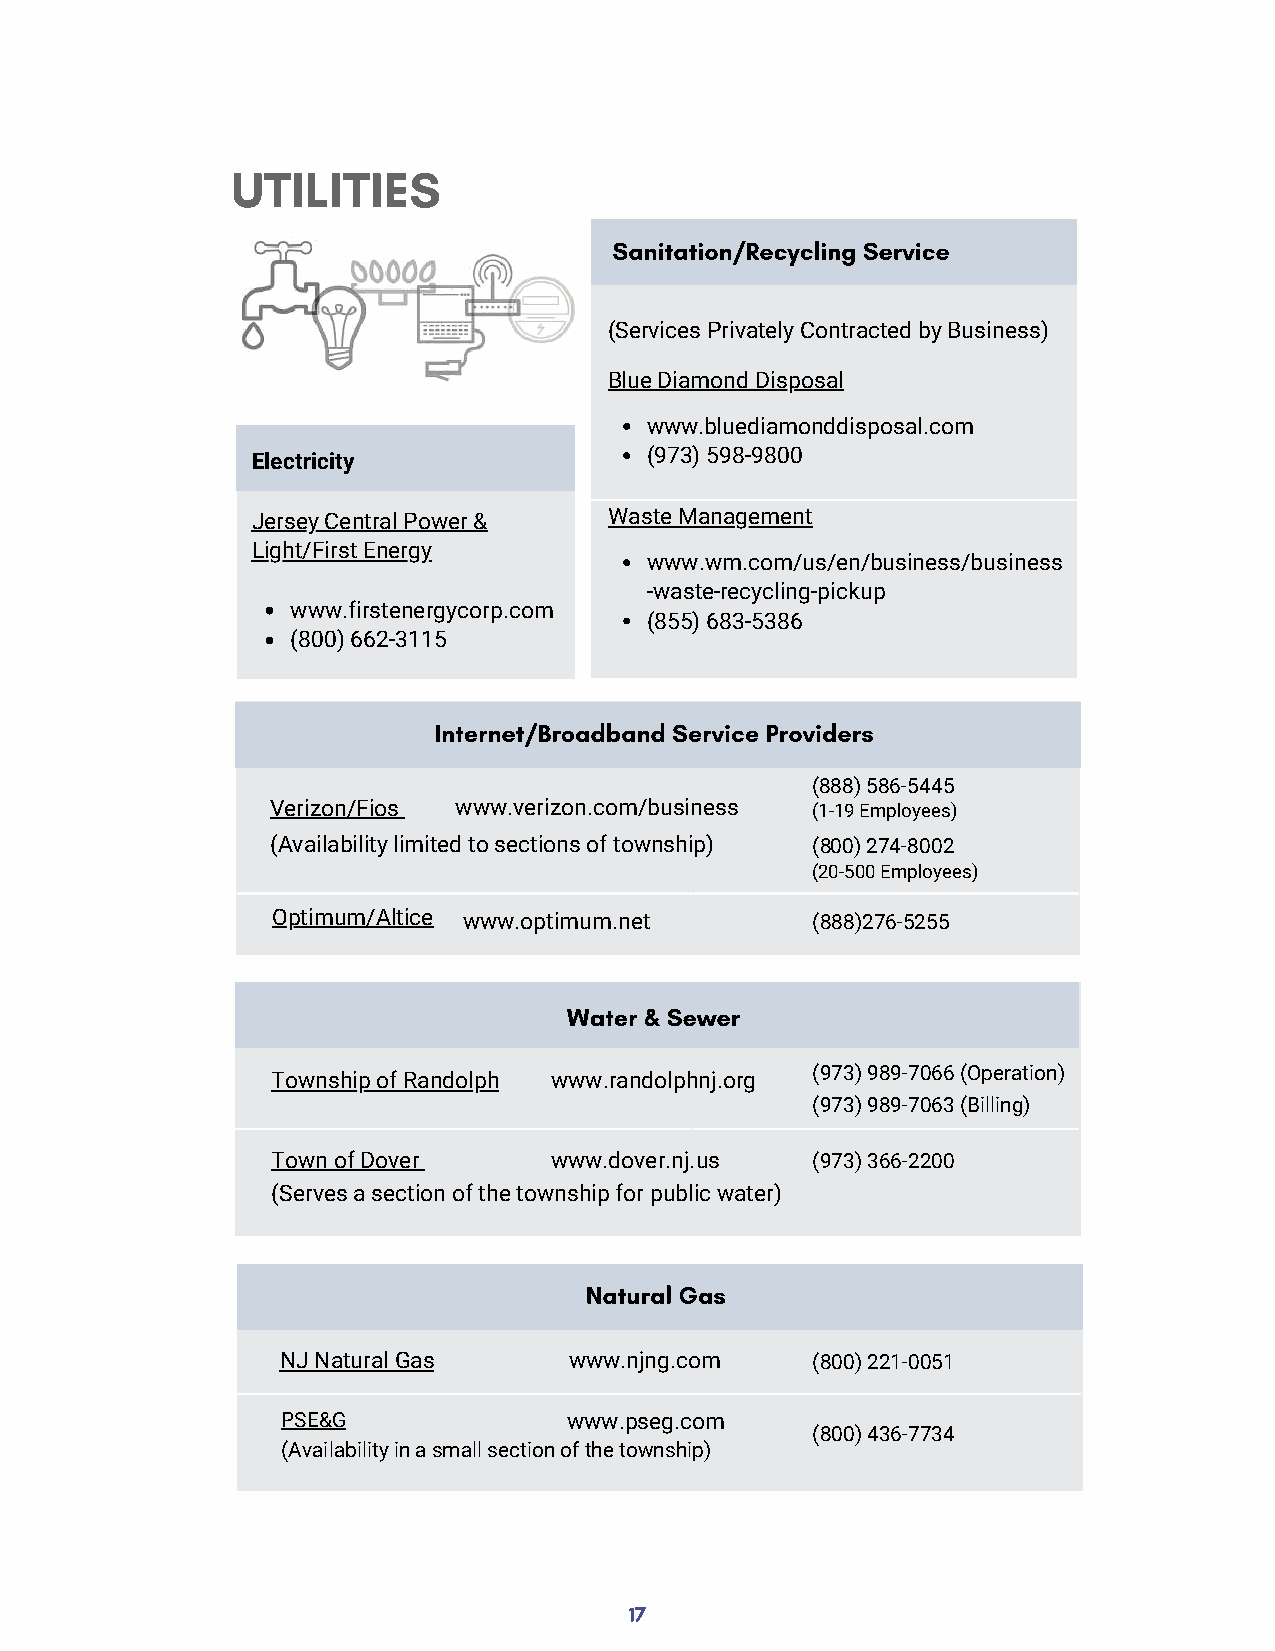
UTILITIES
 Sanitation/Recycling Service
 (Services Privately Contracted by Business)
 Blue Diamond Disposal
 www.bluediamonddisposal.com
 Electricity               (973) 598-9800
 Jersey Central Power & Waste Management
 Light/First Energy
 www.wm.com/us/en/business/business
 -waste-recycling-pickup
 www.firstenergycorp.com
 (855) 683-5386
 (800) 662-3115
 Internet/Broadband Service Providers
 (888) 586-5445
 Verizon/Fios www.verizon.com/business (1-19 Employees)
 (Availability limited to sections of township) (800) 274-8002
 (20-500 Employees)
 Optimum/Altice www.optimum.net      (888)276-5255
 Water & Sewer
 (973) 989-7066 (Operation)
 Township of Randolph www.randolphnj.org
 (973) 989-7063 (Billing)
 Town of Dover     www.dover.nj.us   (973) 366-2200
 (Serves a section of the township for public water)
 Natural Gas
 NJ Natural Gas     www.njng.com    (800) 221-0051
 PSE&G              www.pseg.com
 (800) 436-7734
 (Availability in a small section of the township)
 17